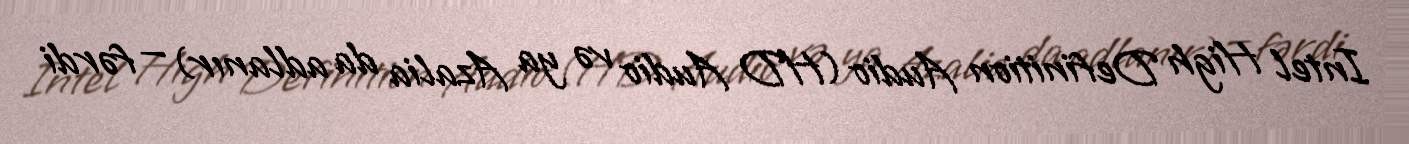
Intel High Definition Audio (HD Audio və ya Azalia da adlanır) — fərdi